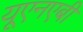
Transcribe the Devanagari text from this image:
यूएनएबी